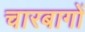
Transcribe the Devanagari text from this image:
चारबागों